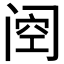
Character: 𮤶